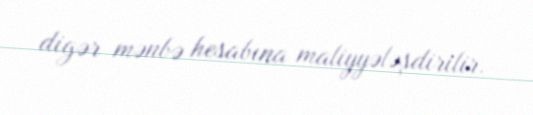
digər mənbə hesabına maliyyələşdirilir.